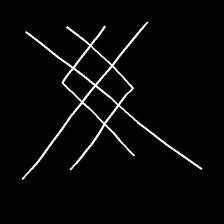
Glyph: crystal